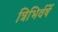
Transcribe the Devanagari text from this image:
त्रिभिर्वर्षे